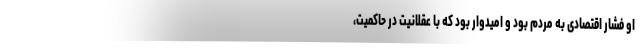
او فشار اقتصادی به مردم بود و امیدوار بود که با عقلانیت در حاکمیت،